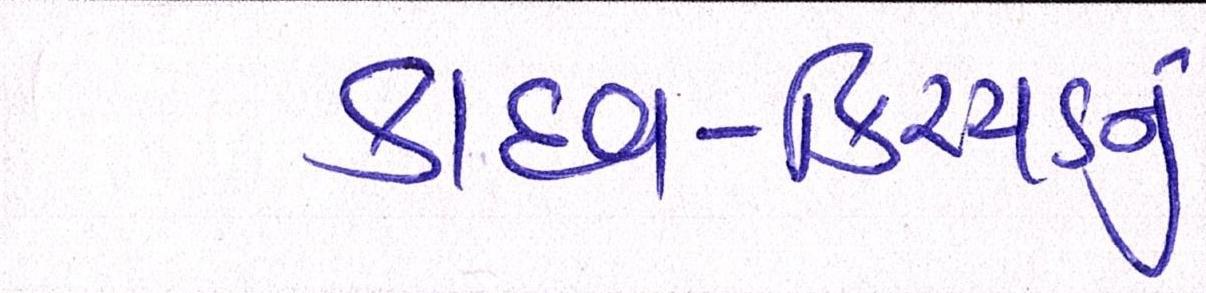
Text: કાદવ-કિચ્ચડનું